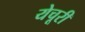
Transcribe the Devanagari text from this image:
येचूरी